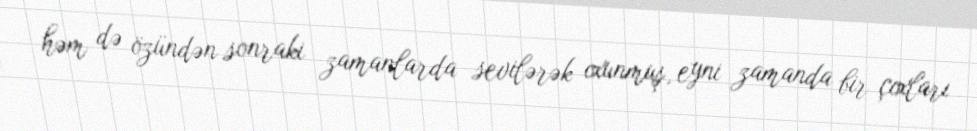
həm də özündən sonraki zamanlarda sevilərək oxunmuş, eyni zamanda bir çoxları